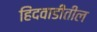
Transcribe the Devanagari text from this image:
हिंदवाडीतील